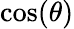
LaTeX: \cos(\theta)